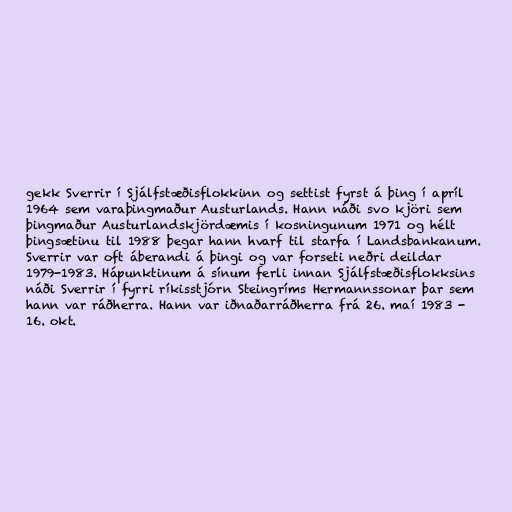
gekk Sverrir í Sjálfstæðisflokkinn og settist fyrst á þing í apríl
1964 sem varaþingmaður Austurlands. Hann náði svo kjöri sem
þingmaður Austurlandskjördæmis í kosningunum 1971 og hélt
þingsætinu til 1988 þegar hann hvarf til starfa í Landsbankanum.
Sverrir var oft áberandi á þingi og var forseti neðri deildar
1979-1983. Hápunktinum á sínum ferli innan Sjálfstæðisflokksins
náði Sverrir í fyrri ríkisstjórn Steingríms Hermannssonar þar sem
hann var ráðherra. Hann var iðnaðarráðherra frá 26. maí 1983 -
16. okt.